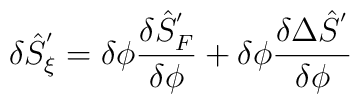
\delta {\hat{S}}^{'}_{\xi }=\delta \phi \frac{\delta {\hat{S}}_{F}^{'}}{\delta \phi }+\delta \phi \frac{\delta \Delta {\hat{S}}^{'}}{\delta \phi }